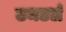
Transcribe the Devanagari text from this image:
उमटलं